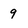
Character: 9